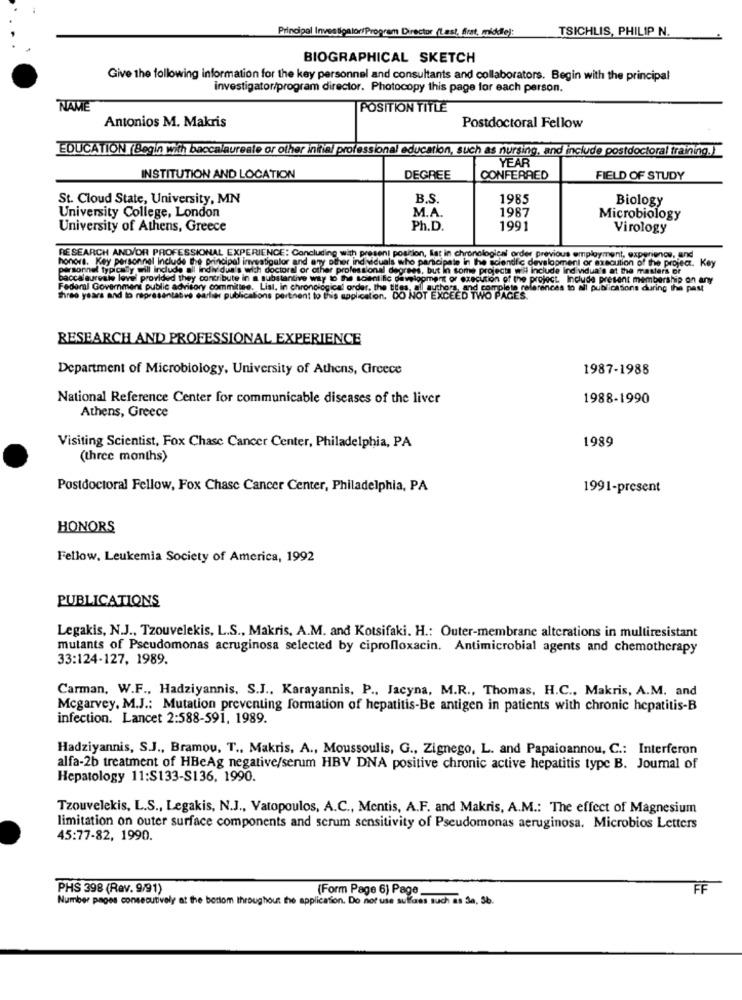
Principal Investigator/Program Director (Last, Arat, middle):
TSICHLIS, PHILIP N.
BIOGRAPHICAL SKETCH
Give the following information for the key personnel and consultants and collaborators. Begin with the principal
investigator/program director. Photocopy this page for each person.
NAME
POSITION TITLE
Postdoctoral Fellow
Antonios M. Makris
EDUCATION (Begin with baccalaureate or other initial professional education, such as nursing, and include postdoctoral training.)
YEAR
INSTITUTION AND LOCATION
DEGREE
CONFERRED
FIELD OF STUDY
St. Cloud State, University, MN
B.S
1985
Biology
University College, London
M.A.
1987
Microbiology
University of Athens, Greece
Ph.D.
1991
Virology
honors. Key personnel Include the principal investigator and any other individuals who participate in the sciendfc development or execution of the projeaz. Key
RESEARCH AND/OR PROFESSIONAL EXPERIENCE: Concluding with present position, lat in chronological order previous employment, experience, and
orsonnel typically will include all
w's with doctoral
al or other professional
degrees, but in some projects will include Individua's at the masters or
ocalaureate level provided they contribute in a subst
ntive way to the scientific dany
ment of execution of the project. Include present membership on any
Federal Government public advisory committee. List, in chronological order, the Blues, all auth
and complete references to all publications during the past
three years and to representative earlier publications pertinent to this application.
on. DO NOT EXCEED TWO PAGES.
RESEARCH AND PROFESSIONAL EXPERIENCE
Department of Microbiology, University of Athens, Greece
1987-1988
National Reference Center for communicable diseases of the liver
1988-1990
Athens, Greece
1989
Visiting Scientist, Fox Chase Cancer Center, Philadelphia, PA
(three months)
Postdoctoral Fellow, Fox Chase Cancer Center, Philadelphia, PA
1991-present
HONORS
Fellow, Leukemia Society of America, 1992
PUBLICATIONS
Legakis, N.J ., Tzouvelekis, L.S ., Makris, A.M. and Kotsifaki. H .: Outer-membrane alterations in multiresistant
mutants of Pseudomonas acruginosa selected by ciprofloxacin. Antimicrobial agents and chemotherapy
33:124-127, 1989.
Carman, W.F ., Hadziyannis, S.J ., Karayannis, P ., Jacyna, M.R ., Thomas, H.C ., Makris, A.M. and
Mcgarvey, M.J .: Mutation preventing formation of hepatitis-Be antigen in patients with chronic hepatitis-B
infection. Lancet 2:588-591, 1989.
Hadziyannis, S.J ., Bramou, T .. Makris, A ., Moussoulis, G ., Zignego, L. and Papaioannou, C .: Interferon
alfa-2b treatment of HBeAg negative/serum HBV DNA positive chronic active hepatitis type B. Journal of
Hepatology 11:S133-S136, 1990.
Tzouvelekis, L.S ., Legakis, N.J ., Vatopoulos, A.C ., Mentis, A.F. and Makris, A.M .: The effect of Magnesium
limitation on outer surface components and scrum sensitivity of Pseudomonas aeruginosa. Microbios Letters
45:77-82, 1990.
PHS 398 (Rev. 9/91)
(Form Page 6) Page_
FF
Number pages consecutively at the bottom throughout the application. Do not use sulfures such as 3a, 5b.